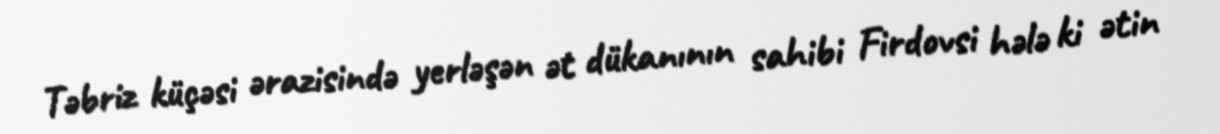
Təbriz küçəsi ərazisində yerləşən ət dükanının sahibi Firdovsi hələ ki ətin